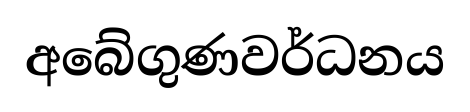
අබේගුණවර්ධනය